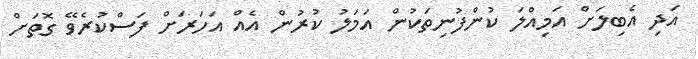
އަދި އެބިލަށް އަމިއްލަ ކުންފުނިތަކުން އަމަލު ކުރުން އެއް އަހަރަށް ފަސްކުރެވޭ ގޮތަށް